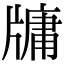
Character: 牗